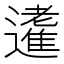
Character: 𨘝